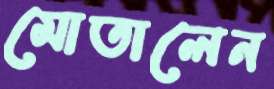
মোতালেন